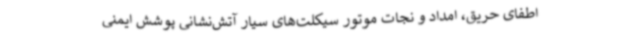
اطفای حریق، امداد و نجات موتور سیکلت‌های سیار آتش‌نشانی پوشش ایمنی